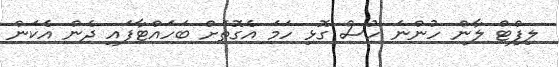
ލިފްޓް ލާން ހުންނަ ހުސް ގޮޅި ހަމަ އެގޮތަށް ބަހައްޓާފައި ދެން އެކަން